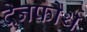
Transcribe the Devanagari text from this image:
देनफोर्थ